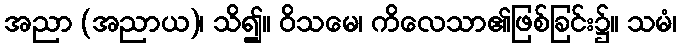
အညာ (အညာယ)၊ သိ၍။ ဝိသမေ၊ ကိလေသာ၏ဖြစ်ခြင်း၌။ သမံ၊